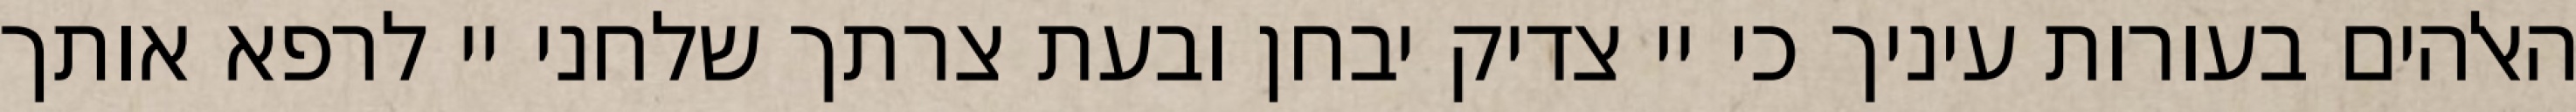
האלהים בעורות עיניך כי יי צדיק יבחן ובעת צרתך שלחני יי לרפא אותך